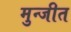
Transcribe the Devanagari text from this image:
मुन्जीत